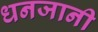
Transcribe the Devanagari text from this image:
धनजानी